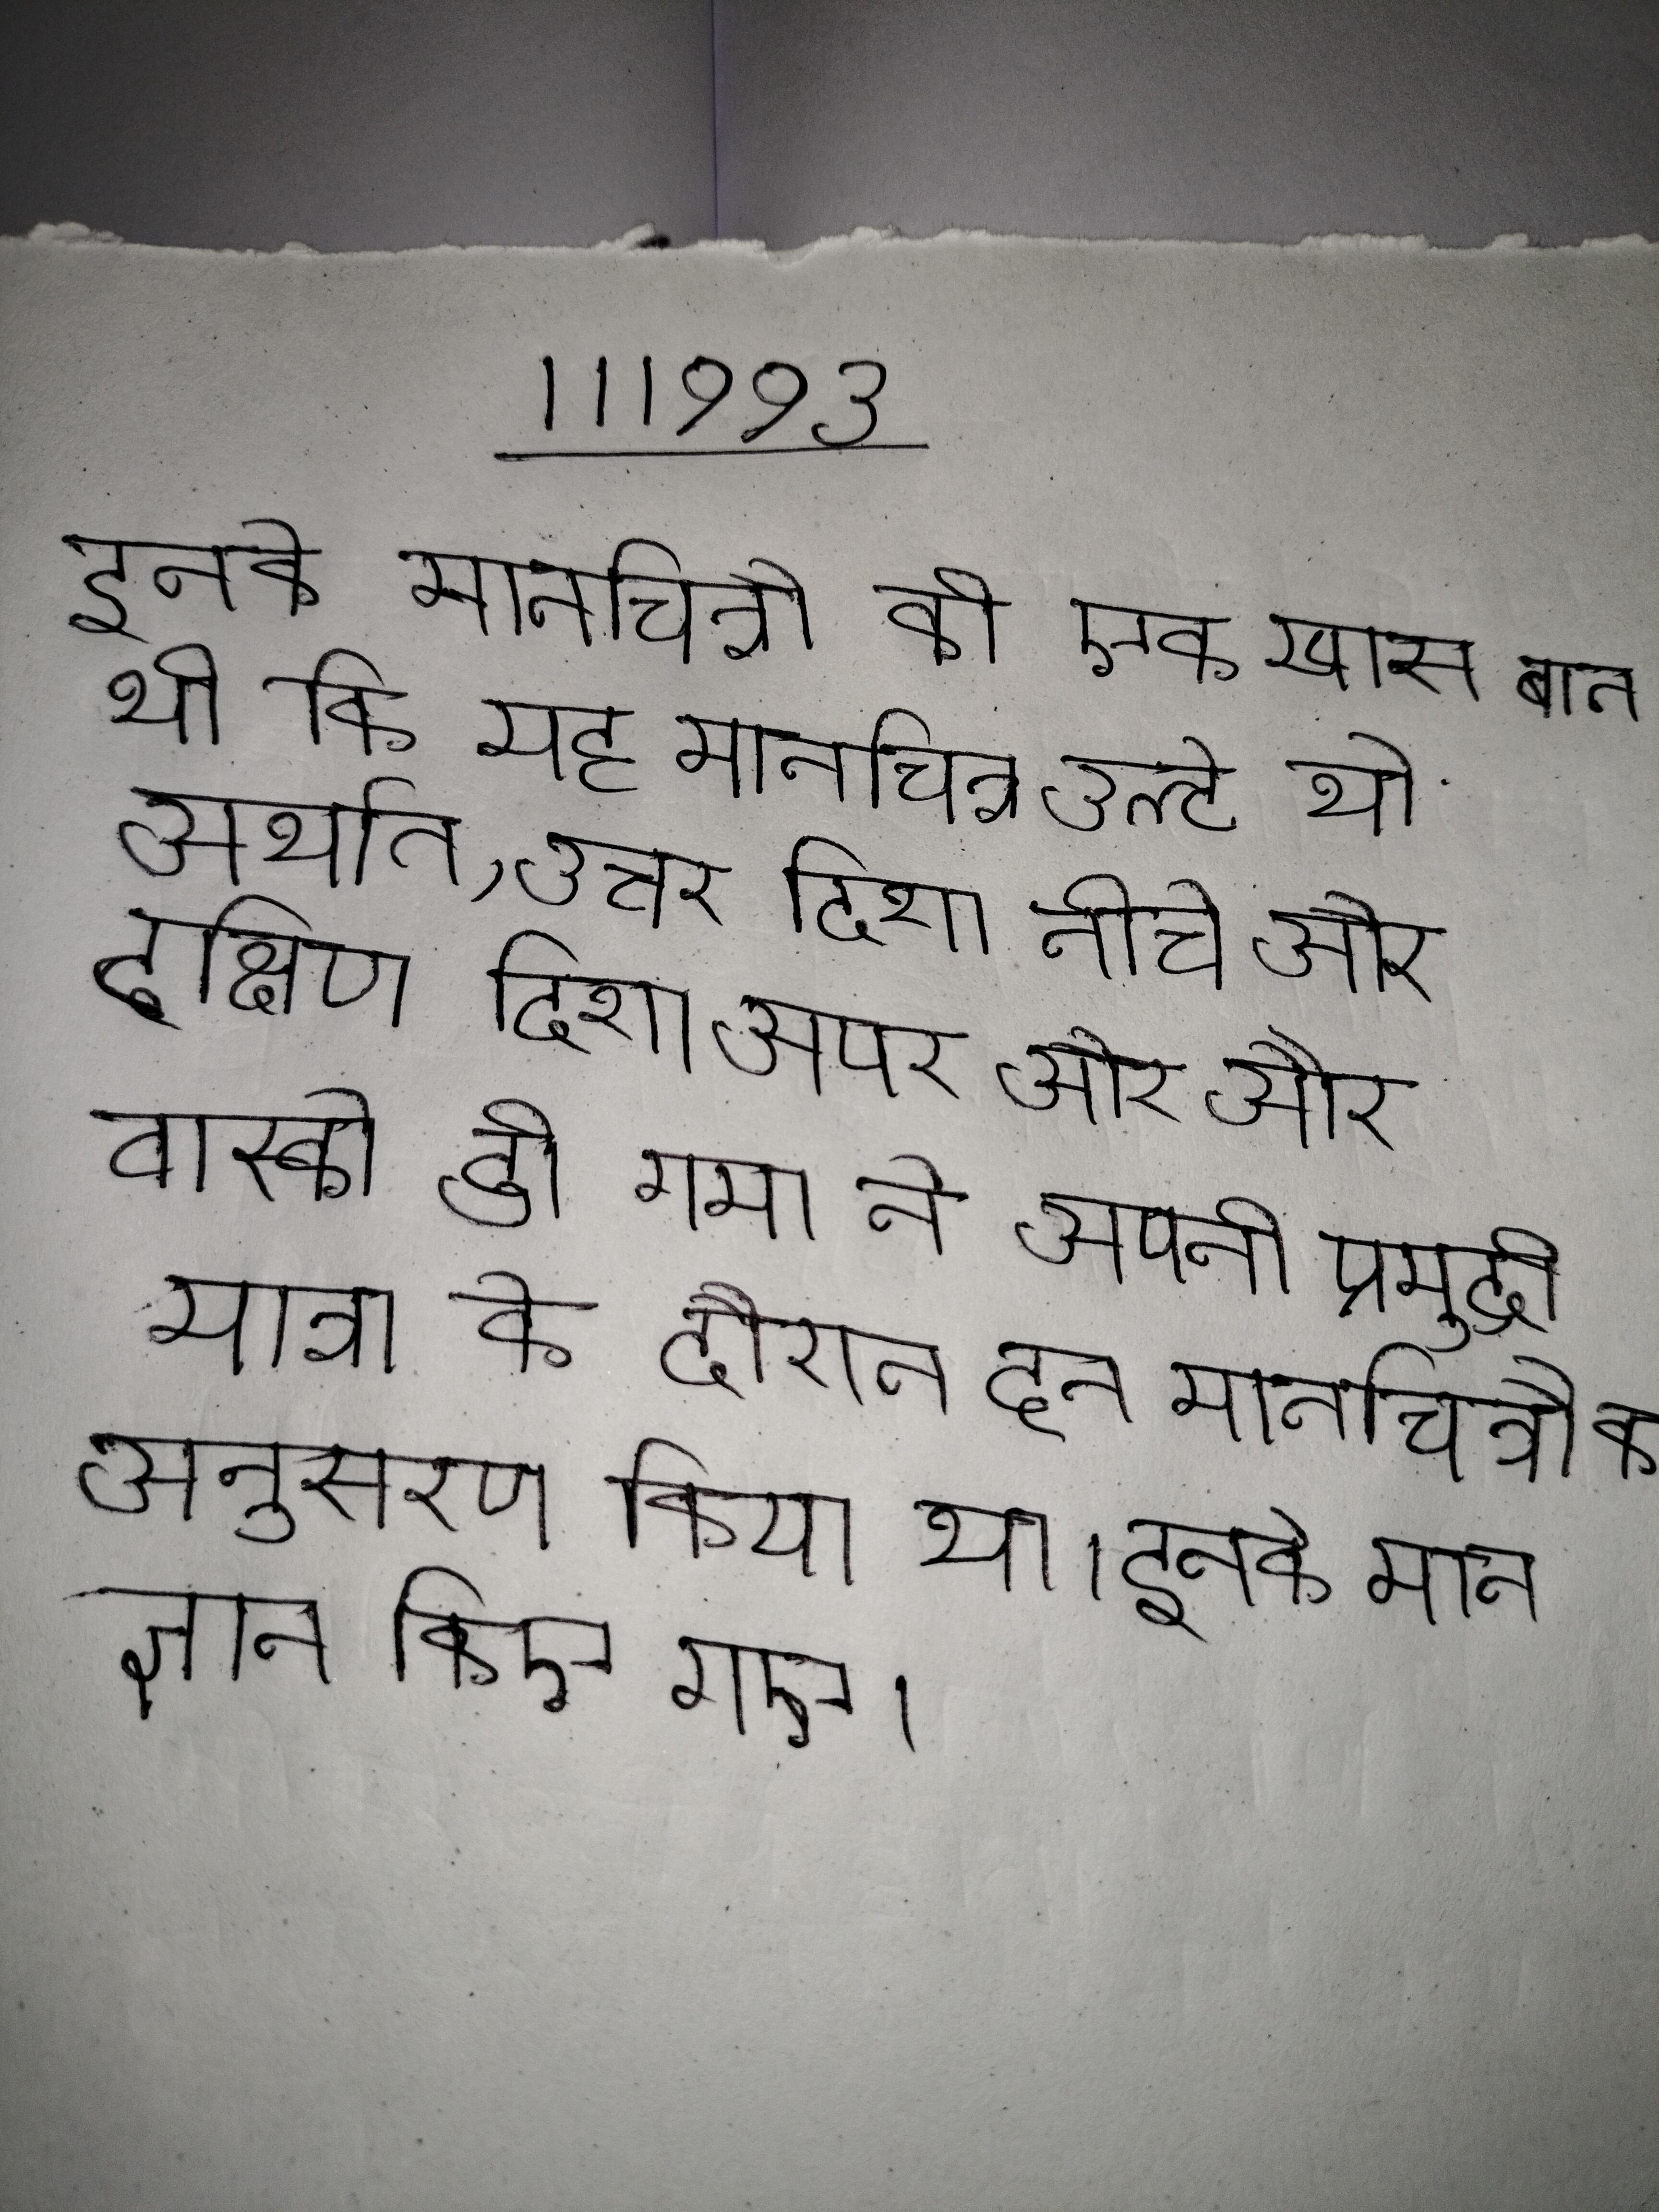
इनके मानचित्रौ की एक खास बात थी कि यह मानचित्र उल्टे थे अर्थात् उत्तर दिशा नीचे और दक्षिण दिशा ऊपर और और वास्को डी गामा ने अपनी समुद्री यात्रा के दौरान इन मानचित्रौ का अनुसरण किया था । इनके मान ज्ञात किए गए ।